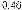
0.46